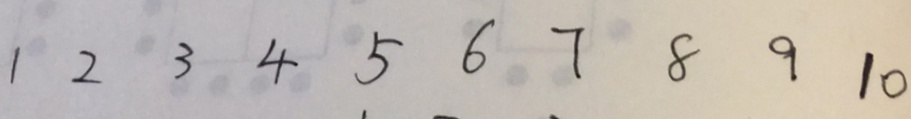
1 2 3 4 5 6 7 8 9 1 0